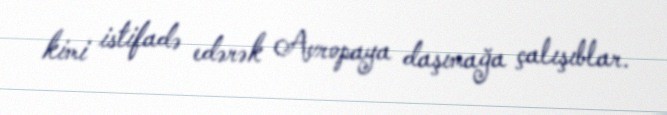
kimi istifadə edərək Avropaya daşımağa çalışıblar.